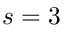
s = 3